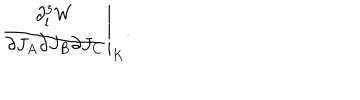
\left. { \frac { \partial _ { l } ^ { 3 } W } { \partial J _ { A } \partial J _ { B } \partial J _ { C } } } \right| _ { K } .